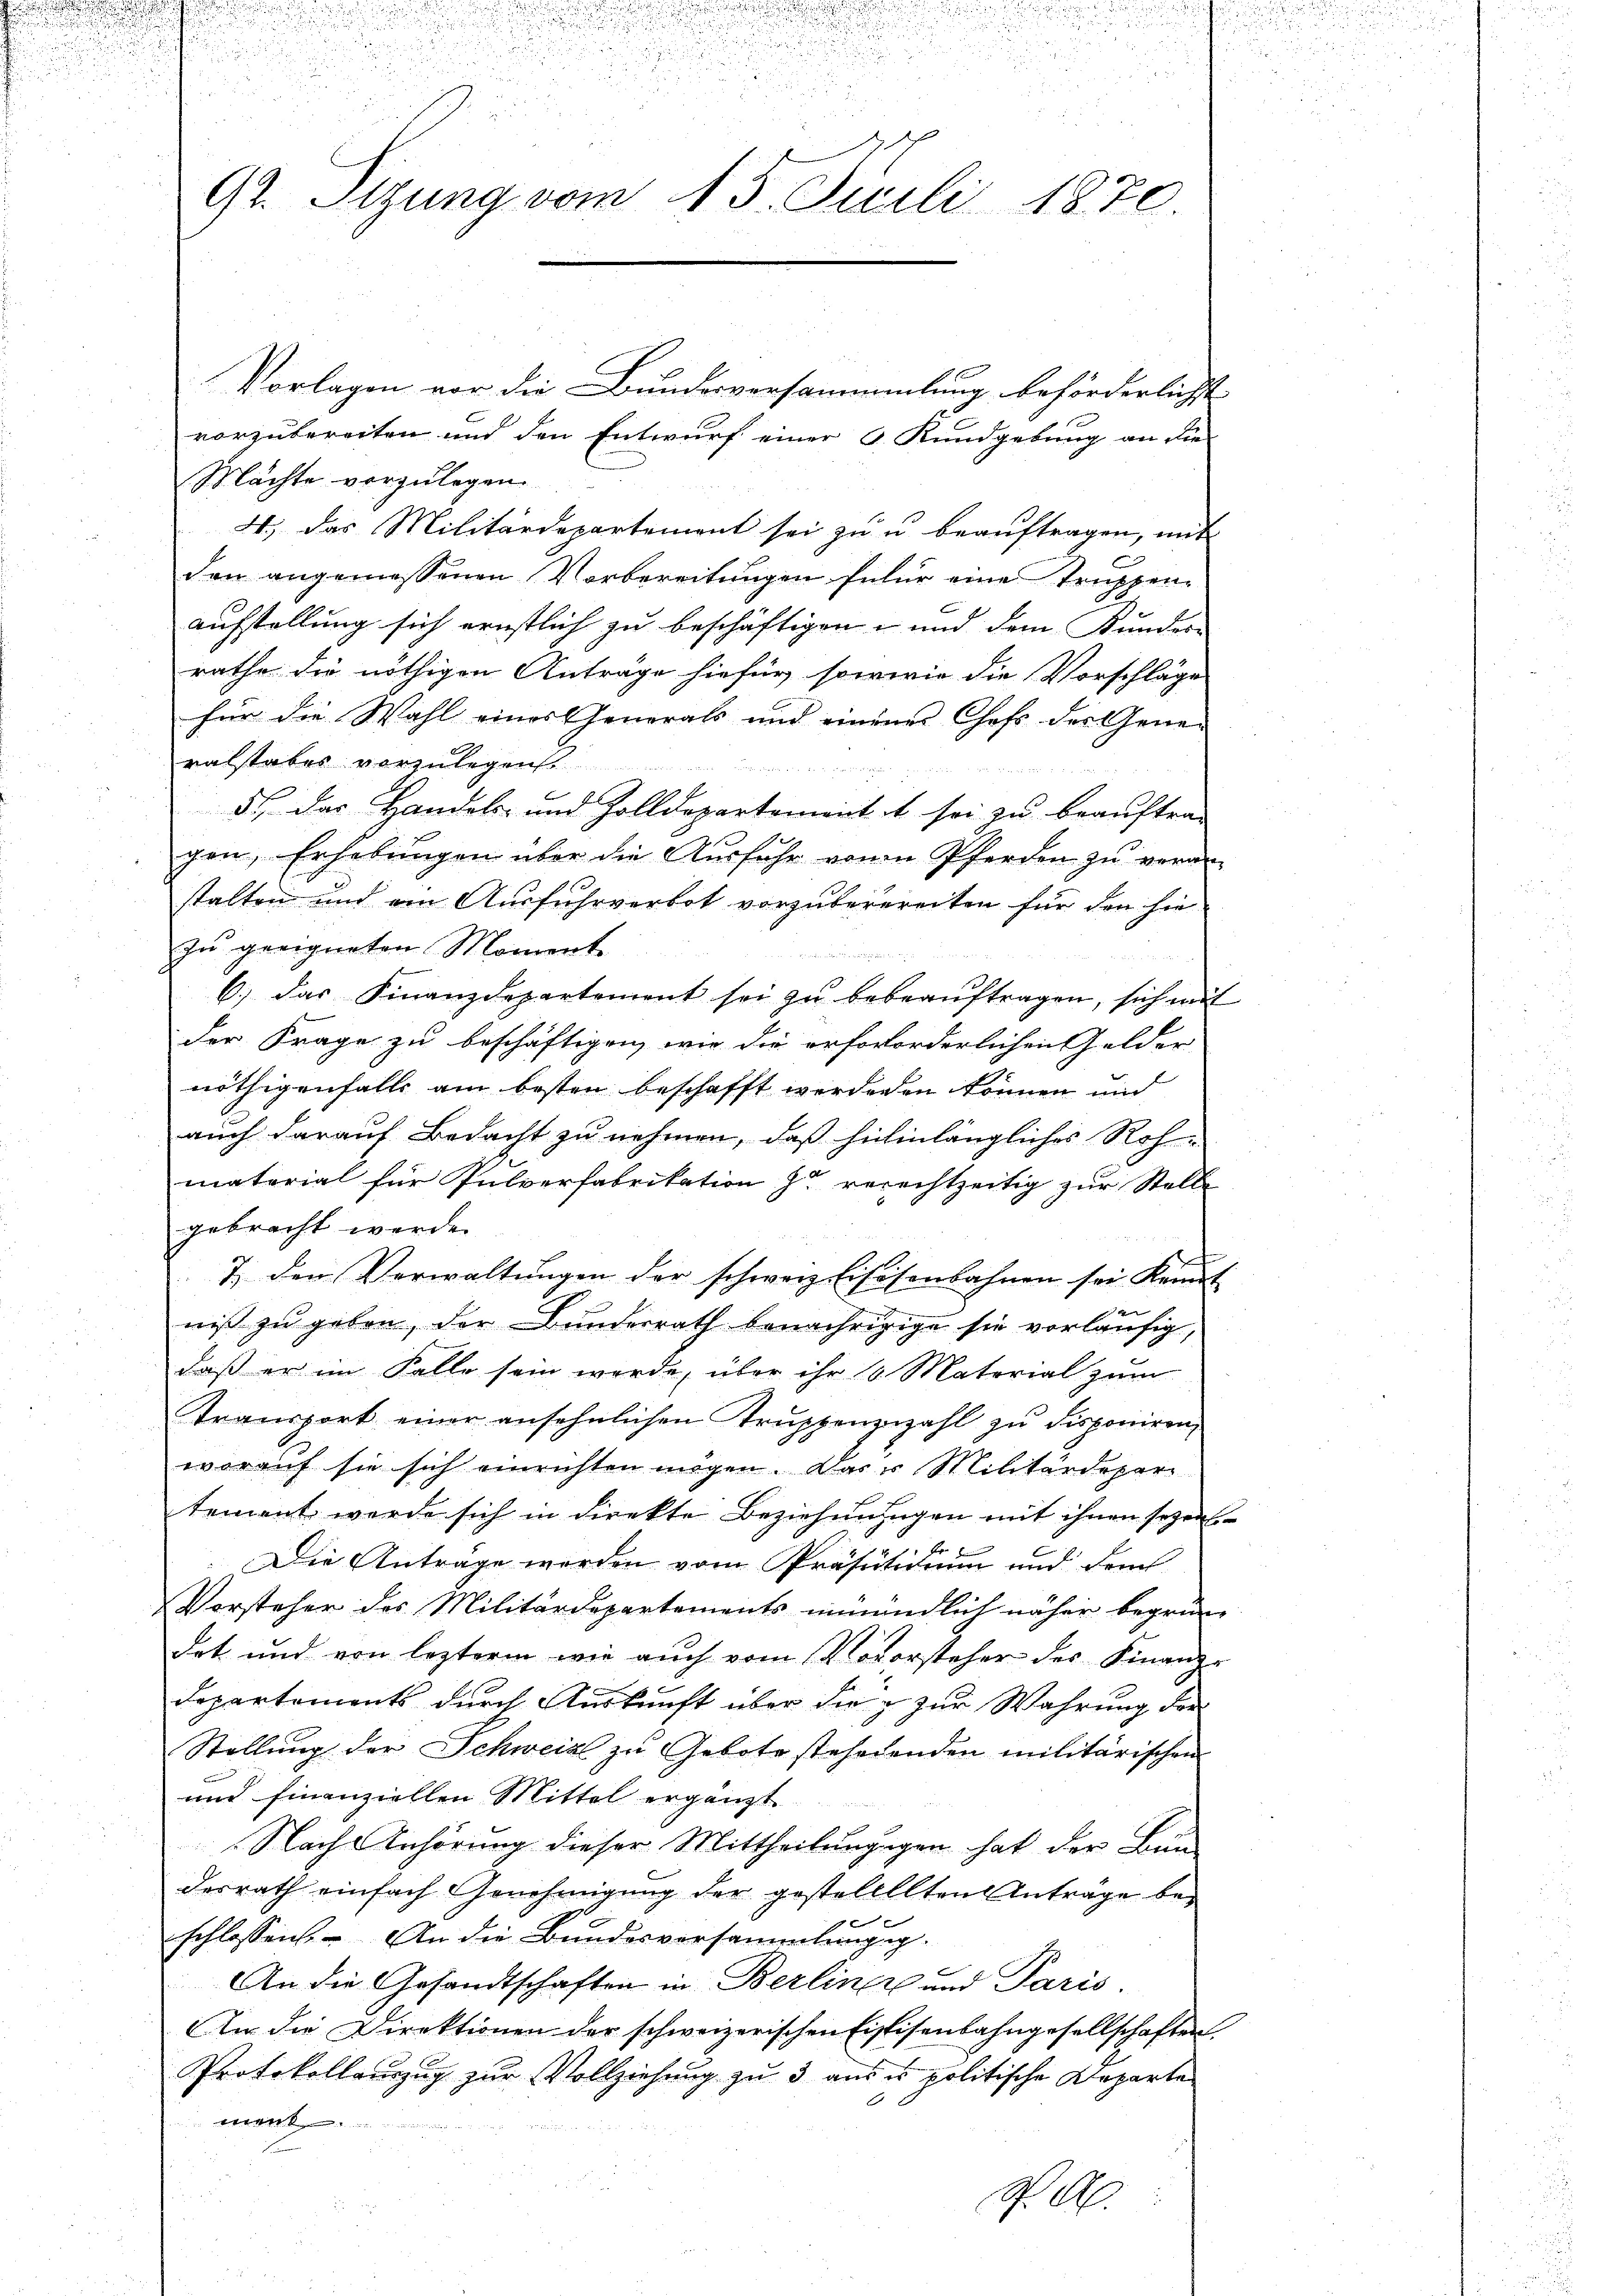
e

d

u
.

i
de 250
eande

.
n
§ 55 x
9t. Stzung vom 15. Juli 1870.

e

Vorlagen vor die Bundesversammmlung beförderlichst
vorzubereiten und den Entwurf einer G. Kundgebung an die
Mächte vorzulegen
4.) Das Militärdepartement sei zu u. beauftragen, mit
den angemessenen Vorbereitungen fefür eine Truppenaufstellung sich ernstlich zu beschäftigen- und dem Bundes-
rathe die nöthigen Anträge hiefür sowirie die Vorschläge
für die Wahl eines Generals und einen Chefs der Gener
ralstabes vorzulegen.
e
5 das Handels- und Zolldepartement et sei zu beauftrag
gen, Erhebungen über die Ausführ von Pferden zu veran
stalten und ein Ausfuhrverbot vorzuberereiten für den sie
zu geeigneten Moment
6.) das Finanzdepartement sei zŭ bebeaŭftragen, sich mit
der Frage zu beschäftigen, wie die orfovorderlichen Gelder-
nöthigenfalls am besten beschafft werdenen können und
auch darauf Bedacht zu nehmen, daß hinhinlängliches Roh-
material für Pulverfabrikation zu verechtzeitig zur Stelle
gebracht werde.
7. den Verwaltŭngen der schweiz. Eisesenbahnen sei Kant
e
nis zu geben, der Bundesrath benachrigige sie vorläufig,
daß er im Falle sein werde, über ihr 18 Material zum
Transport einer ansehnlichen Trŭppenzuzahl zu disponiren,
worauf sie sich einrichten mögen. Das er Militärdeperi
tement werde sich in direkte Beziehungen mit ihnen sozial
n
d
Die Anträge werden vom Präsutidium und dem
Vorsteher des Militärdepartements unmündlich näher begründet und von lezterm wie auch vom Novorsteher des Finanz-
Departements durch Auskunft über die g zur Wahrung der
Stellung der Schweiz zu Gebote steherenden militärischen
und finanziellen Mittel ergänzt
Nach Anhörung dieser Mittheilungegen hat der Bundesrath einfach Genehmigung der gestellllten Anträge beschlossen. – An die Bundesversammlungsg
An die Gesandtschaften in Berliner und Paris.
An die Direktionen der schweizerischen Fistisenbahngesellschaften
Protokollaŭzŭg zŭr Vollziehŭng zŭ 3 aŭs u. politische Departe
men.

S. A.